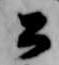
公